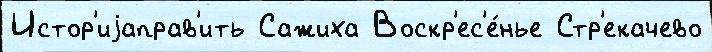
Истор'иjаправ'ить Сажиха Воскр'ес'е́нье Стр'екачево